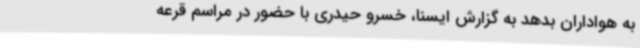
به هواداران بدهد به گزارش ایسنا، خسرو حیدری با حضور در مراسم قرعه